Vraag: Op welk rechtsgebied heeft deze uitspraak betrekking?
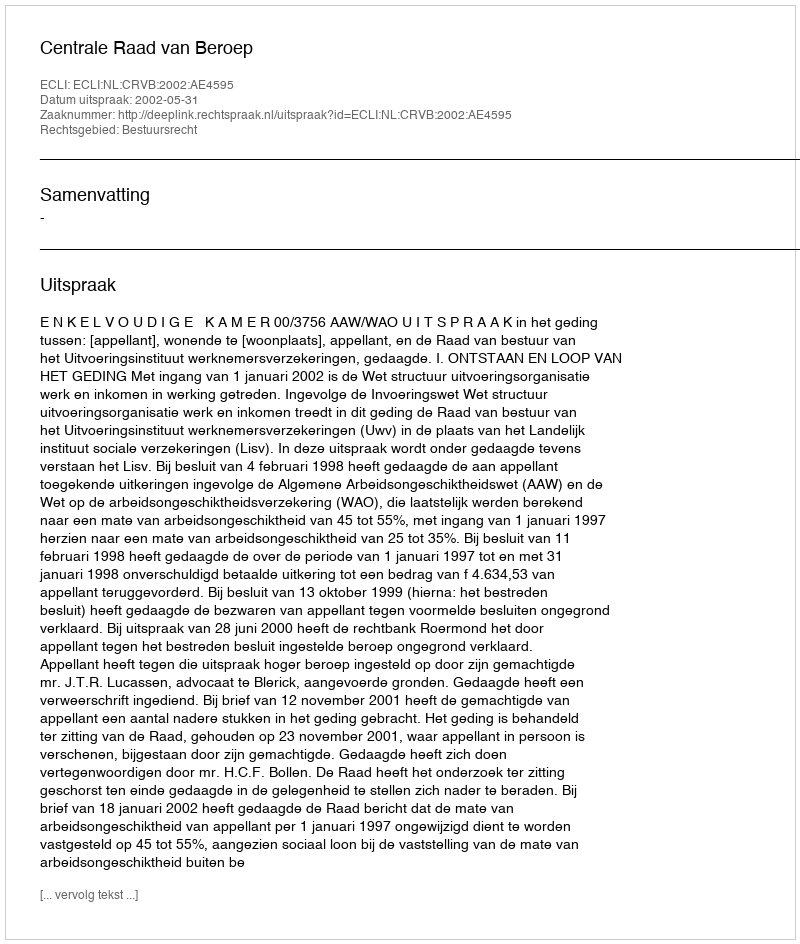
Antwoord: Bestuursrecht